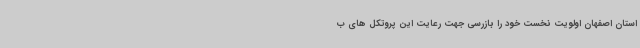
استان اصفهان اولویت نخست خود را بازرسی جهت رعایت این پروتکل های ب